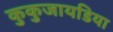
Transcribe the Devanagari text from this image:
कुकुजायडिया